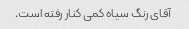
آقای رنگ سیاه کمی کنار رفته است.